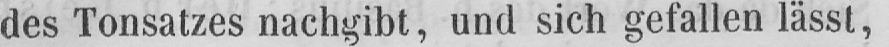
des Tonsatzes nachgibt, und sich gefallen lässt,